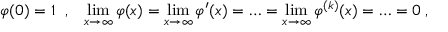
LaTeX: \varphi ( 0 ) = 1 \; \; , \; \; \; \operatorname * { l i m } _ { x \to \infty } \varphi ( x ) = \operatorname * { l i m } _ { x \to \infty } \varphi ^ { \prime } ( x ) = \ldots = \operatorname * { l i m } _ { x \to \infty } \varphi ^ { ( k ) } ( x ) = \ldots = 0 \; ,